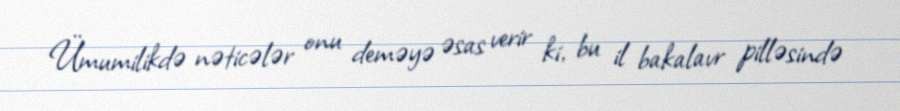
Ümumilikdə nəticələr onu deməyə əsas verir ki, bu il bakalavr pilləsində